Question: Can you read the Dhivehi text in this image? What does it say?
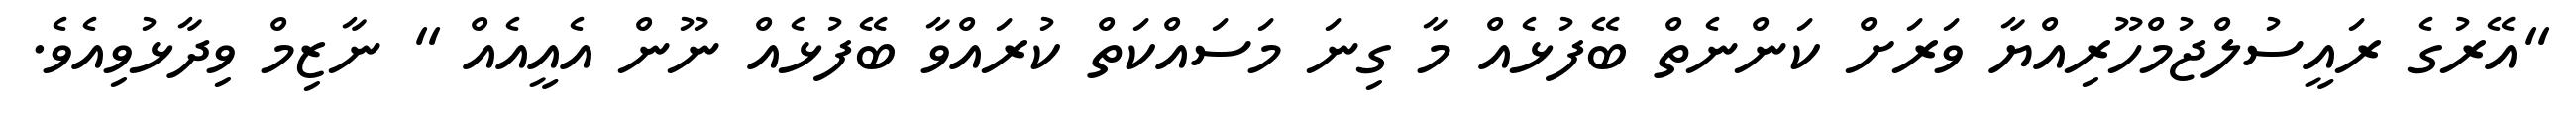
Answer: "އޭރުގެ ރައީސުލްޖުމްހޫރިއްޔާ ވަރަށް ކަންނެތް ބޭފުޅެއް މާ ގިނަ މަސައްކަތް ކުރައްވާ ބޭފުޅެއް ނޫން އެއީއެއް " ނާޒިމް ވިދާޅުވިއެވެ.